Indian journal of veterinary science and animal husbandry - Volumes 24-25, 1954-1955
Year: 1954
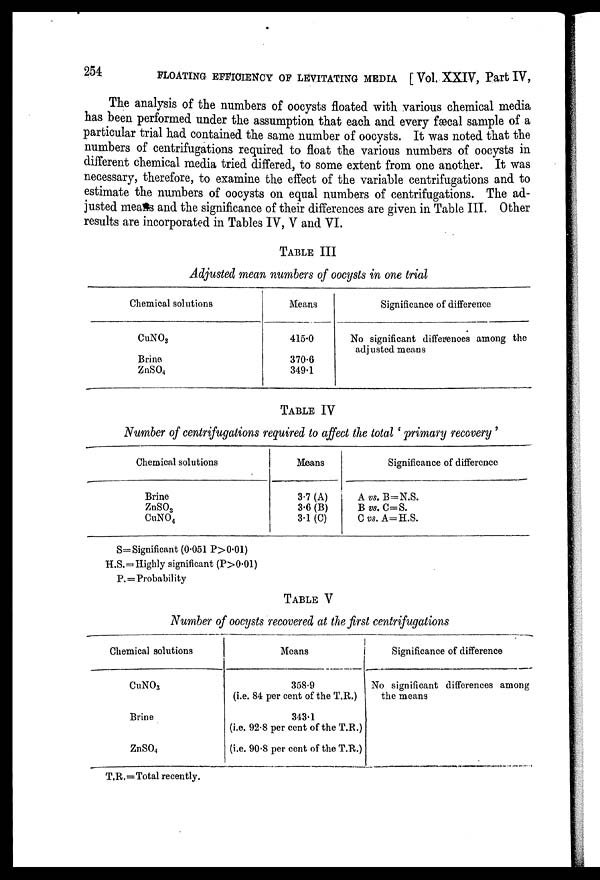
254
FLOATING EFFICIENCY OF LEVITATING MEDIA [ Vol. XXIV, Part IV,
The analysis of the numbers of oocysts floated with various chemical media
has been performed under the assumption that each and every fæcal sample of a
particular trial had contained the same number of oocysts. It was noted that the
numbers of centrifugations required to float the various numbers of oocysts in
different chemical media tried differed, to some extent from one another. It was
necessary, therefore, to examine the effect of the variable centrifugations and to
estimate the numbers of oocysts on equal numbers of centrifugations. The ad-
justed means and the significance of their differences are given in Table III. Other
results are incorporated in Tables IV, V and VI.
TABLE III
Adjusted mean numbers of oocysts in one trial
Chemical solutions
CuNO 3
Brine
ZnSO 4
Means
415.0
370.6
349.1
Significance of difference
No significant differences among the
adjusted means
TABLE IV
Number of centrifugations required to affect the total ' primary recovery '
Chemical solutions
Brine
ZnSO 3
CuNO 4
Means
3.7 (A)
3.6 (B)
3.1 (C)
Significance of difference
A vs. B=N.S.
B vs. C=S.
C vs. A=H.S.
S= Significant (0.051 P>0.01)
H.S.=Highly significant (P>0.01)
P.=Probability
TABLE V
Number of oocysts recovered at the first centrifugations
Chemical solutions
CuNO 3
Brine
ZnSO4
Means
358.9
(i.e. 84 per cent of the T.R.)
343.1
(i.e. 92.8 per cent of the T.R.)
(i.e. 90.8 per cent of the T.R.)
Significance of difference
No significant differences among
the means
T.R.=Total recently.